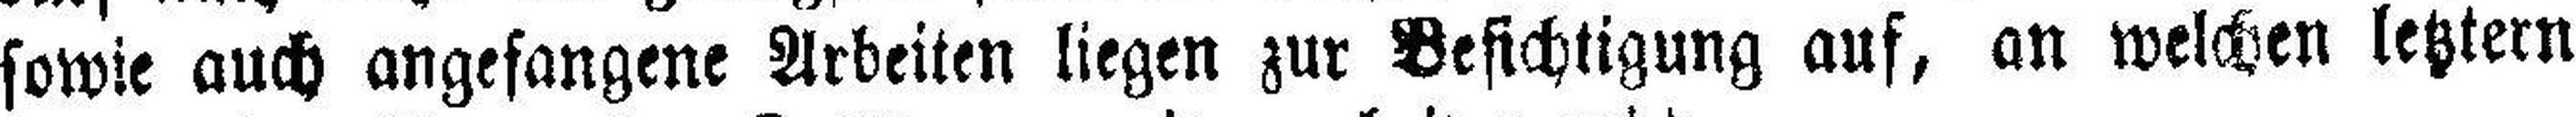
sowie auch angefangene Arbeiten liegen zur Besichtigung auf, an welchen letztern